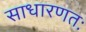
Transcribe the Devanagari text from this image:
साधारणतः